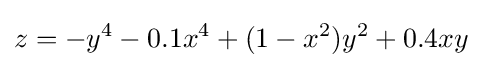
z=-y^{4}-0.1x^{4}+(1-x^{2})y^{2}+0.4xy